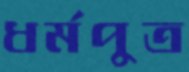
ধর্মপুত্র